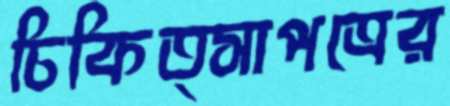
চিকিত্সাপত্রের